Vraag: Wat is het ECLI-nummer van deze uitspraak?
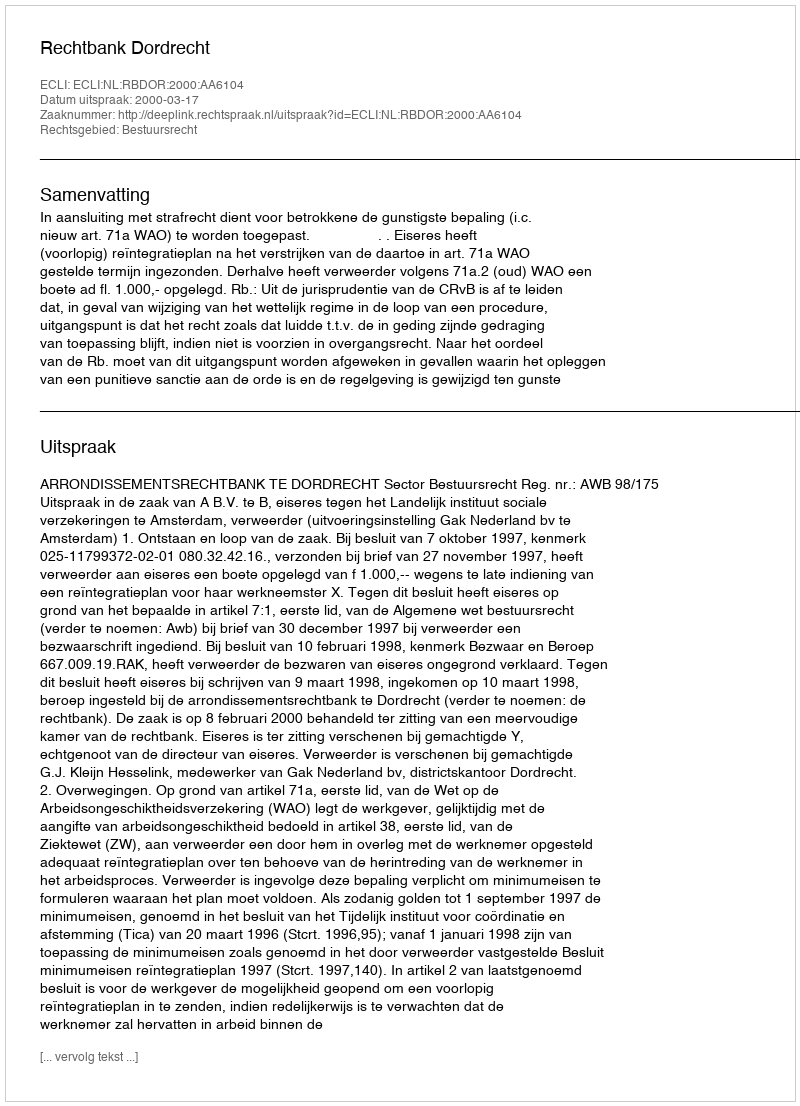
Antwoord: ECLI:NL:RBDOR:2000:AA6104